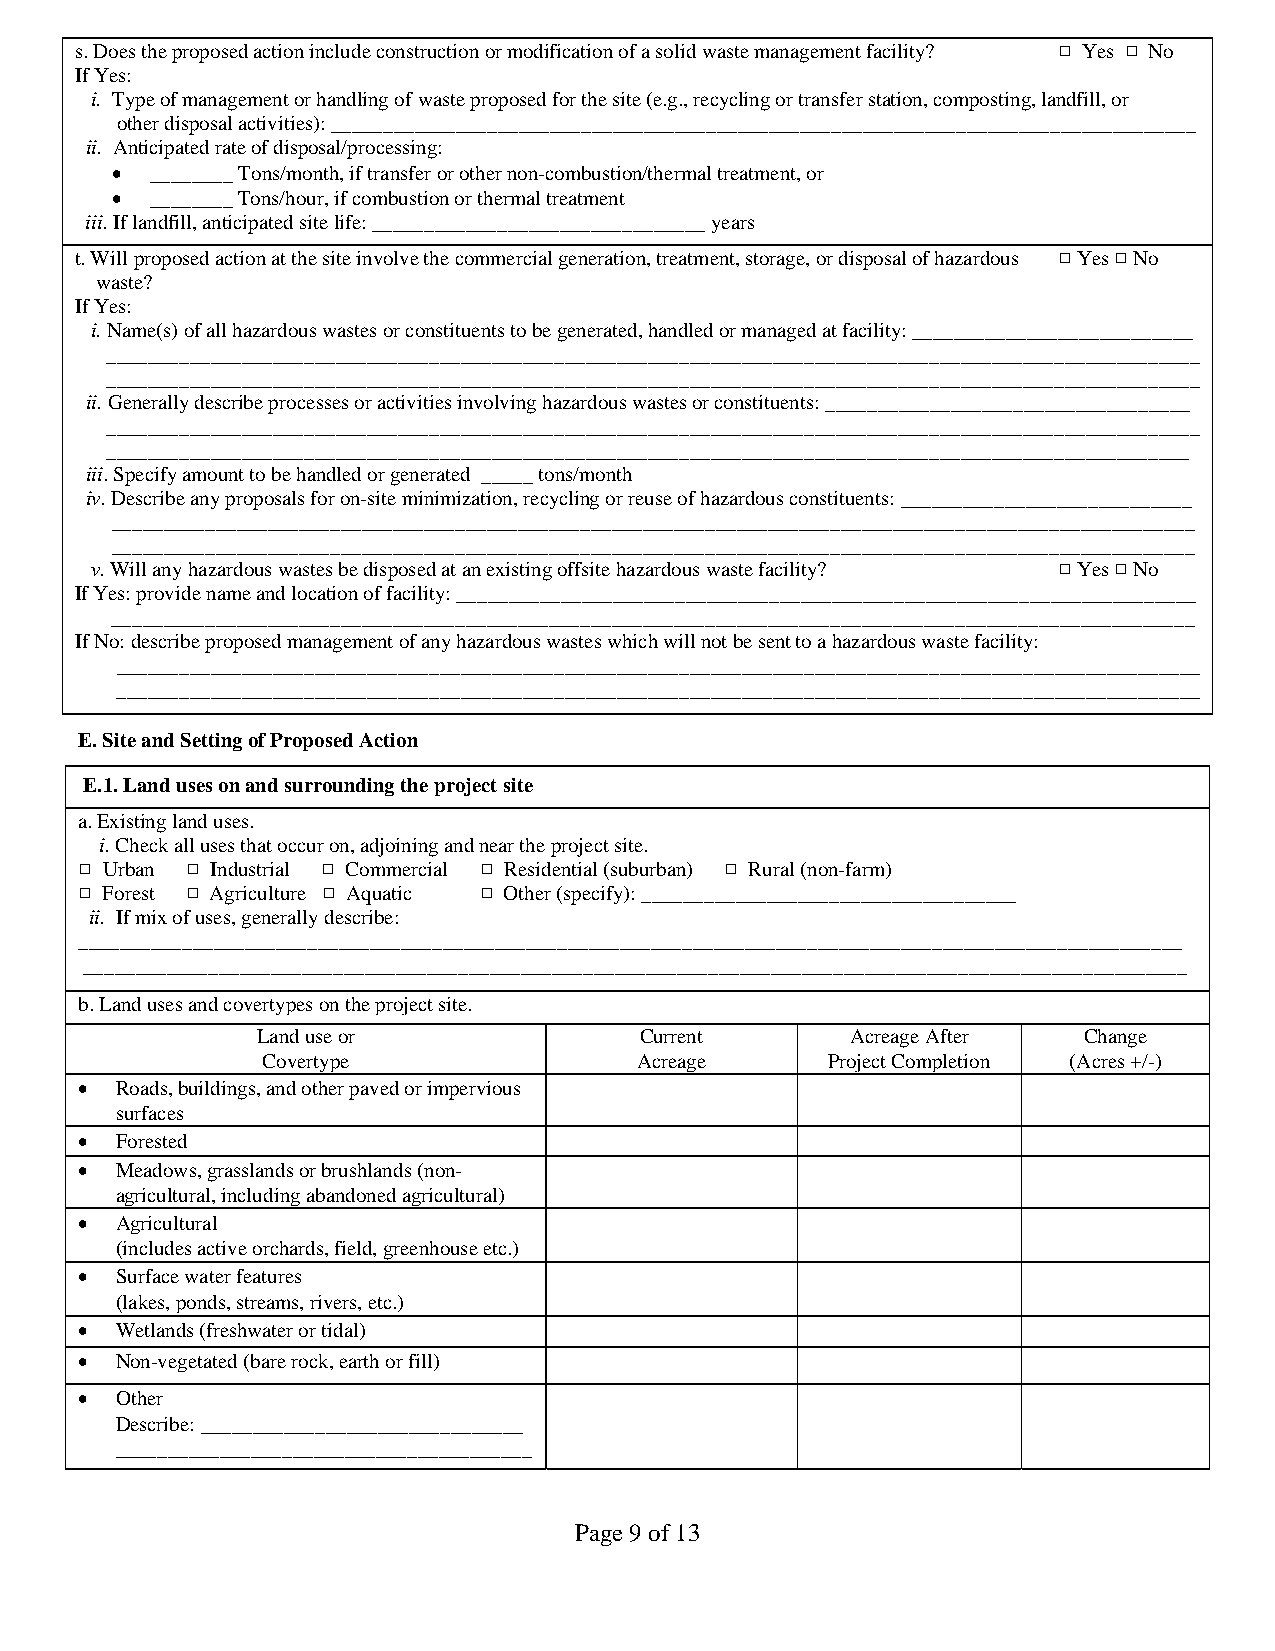
s.Does the proposed action include construction or modification of a solid waste management facility? 9 Yes 9 No
 If Yes:
 i. Type of management or handling of waste proposed for the site (e.g., recycling or transfer station, composting, landfill, or
 other disposal activities): ___________________________________________________________________________________
 ii. Anticipated rate of disposal/processing:
 •  ________ Tons/month, if transfer or other non-combustion/thermal treatment, or
 •  ________ Tons/hour, if combustion or thermal treatment
 iii.If landfill, anticipated site life: ________________________________ years
 t.Will proposed action at the site involve the commercial generation, treatment, storage, or disposal of hazardous 9 Yes 9 No
 waste?
 If Yes:
 i.Name(s) of all hazardous wastes or constituents to be generated, handled or managed at facility: ___________________________
 _________________________________________________________________________________________________________
 _________________________________________________________________________________________________________
 ii.Generally describe processes or activities involving hazardous wastes or constituents: ___________________________________
 _________________________________________________________________________________________________________
 ________________________________________________________________________________________________________
 iii.Specify amount to be handled or generated _____ tons/month
 iv.Describe any proposals for on-site minimization, recycling or reuse of hazardous constituents: ____________________________
 ________________________________________________________________________________________________________
 ________________________________________________________________________________________________________
 v.Will any hazardous wastes be disposed at an existing offsite hazardous waste facility? 9 Yes 9 No
 If Yes: provide name and location of facility: _______________________________________________________________________
 ________________________________________________________________________________________________________
 If No: describe proposed management of any hazardous wastes which will not be sent to a hazardous waste facility:
 ________________________________________________________________________________________________________
 ________________________________________________________________________________________________________
 E. Site and Setting of Proposed Action
 E.1. Land uses on and surrounding the project site
 a.Existing land uses.
 i.Check all uses that occur on, adjoining and near the project site.
 9 Urban 9 Industrial 9 Commercial 9 Residential (suburban) 9 Rural (non-farm)
 9 Forest 9 Agriculture 9 Aquatic 9 Other (specify): ____________________________________
 ii. If mix of uses, generally describe:
 __________________________________________________________________________________________________________
 __________________________________________________________________________________________________________
 b.Land uses and covertypes on the project site.
 Land use or              Current       Acreage After   Change
 Covertype                Acreage      Project Completion (Acres +/-)
 •  Roads, buildings, and other paved or impervious
 surfaces
 •  Forested
 •  Meadows, grasslands or brushlands (non-
 agricultural, including abandoned agricultural)
 •  Agricultural
 (includes active orchards, field, greenhouse etc.)
 •  Surface water features
 (lakes, ponds, streams, rivers, etc.)
 •  Wetlands (freshwater or tidal)
 •  Non-vegetated (bare rock, earth or fill)
 •  Other
 Describe: _______________________________
 ________________________________________
 Page 9 of 13